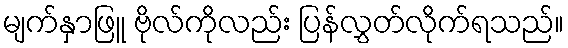
မျက်နှာဖြူ ဗိုလ်ကိုလည်း ပြန်လွှတ်လိုက်ရသည်။